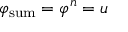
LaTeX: \varphi _ { \mathrm { s u m } } = \varphi ^ { n } = u